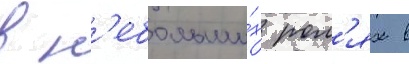
в н'ебольши́х рол'ях в